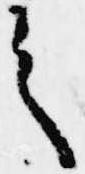
之